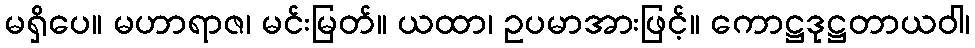
မရှိပေ။ မဟာရာဇ၊ မင်းမြတ်။ ယထာ၊ ဥပမာအားဖြင့်။ ကောဋ္ဌဒုဋ္ဌတာယဝါ၊